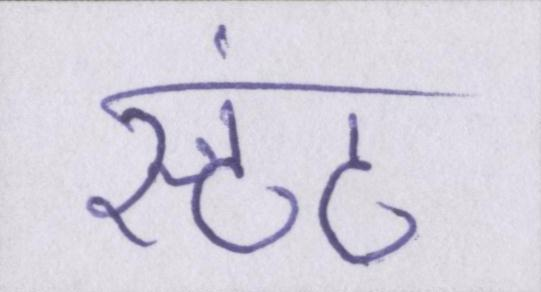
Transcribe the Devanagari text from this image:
स्टंट